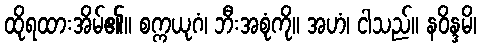
ထိုရထားအိမ်၏။ စက္ကယုဂံ၊ ဘီးအစုံကို။ အဟံ၊ ငါသည်။ နဝိန္ဒမိ၊